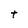
Character: t